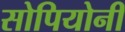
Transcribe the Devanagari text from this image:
सोपियोनी